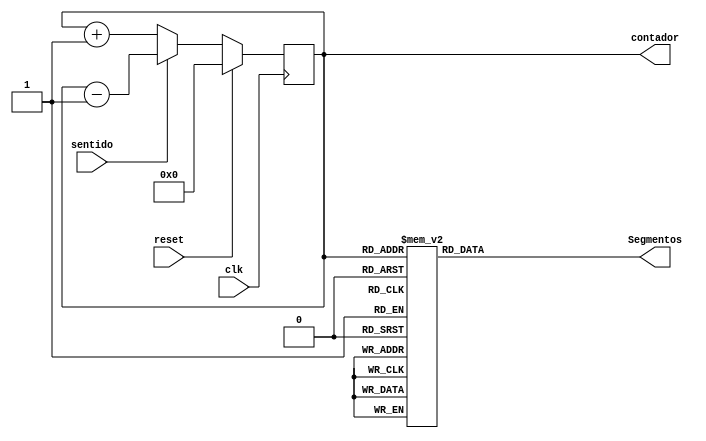
module ContadorAYD(sentido,clk,reset,contador,Segmentos);
input clk;
input reset;
input sentido;

wire[6:0] Segmentos1;
output reg [6:0] Segmentos;
output reg [3:0] contador;

always@(posedge clk)
begin
		if (reset)
			contador<=0;
		else
			if (sentido==0)
			contador<=contador+1;
			else
				if (sentido==1)
					contador<=contador-1;
		else 
			contador<=0;
end
			
always@ (contador)
		case (contador)
		1: Segmentos=7'b0000110;
		2: Segmentos=7'b1011011;
		3: Segmentos=7'b1001111;
		4: Segmentos=7'b1100110;
		5: Segmentos=7'b1101101;
		6: Segmentos=7'b1111101;
		7: Segmentos=7'b0000111;
		8: Segmentos=7'b1111111;
		9: Segmentos=7'b1100111;
		default: Segmentos=7'b0111111;
		endcase

endmodule